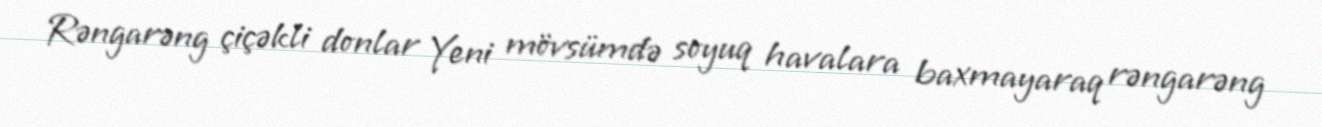
Rəngarəng çiçəkli donlar Yeni mövsümdə soyuq havalara baxmayaraq rəngarəng